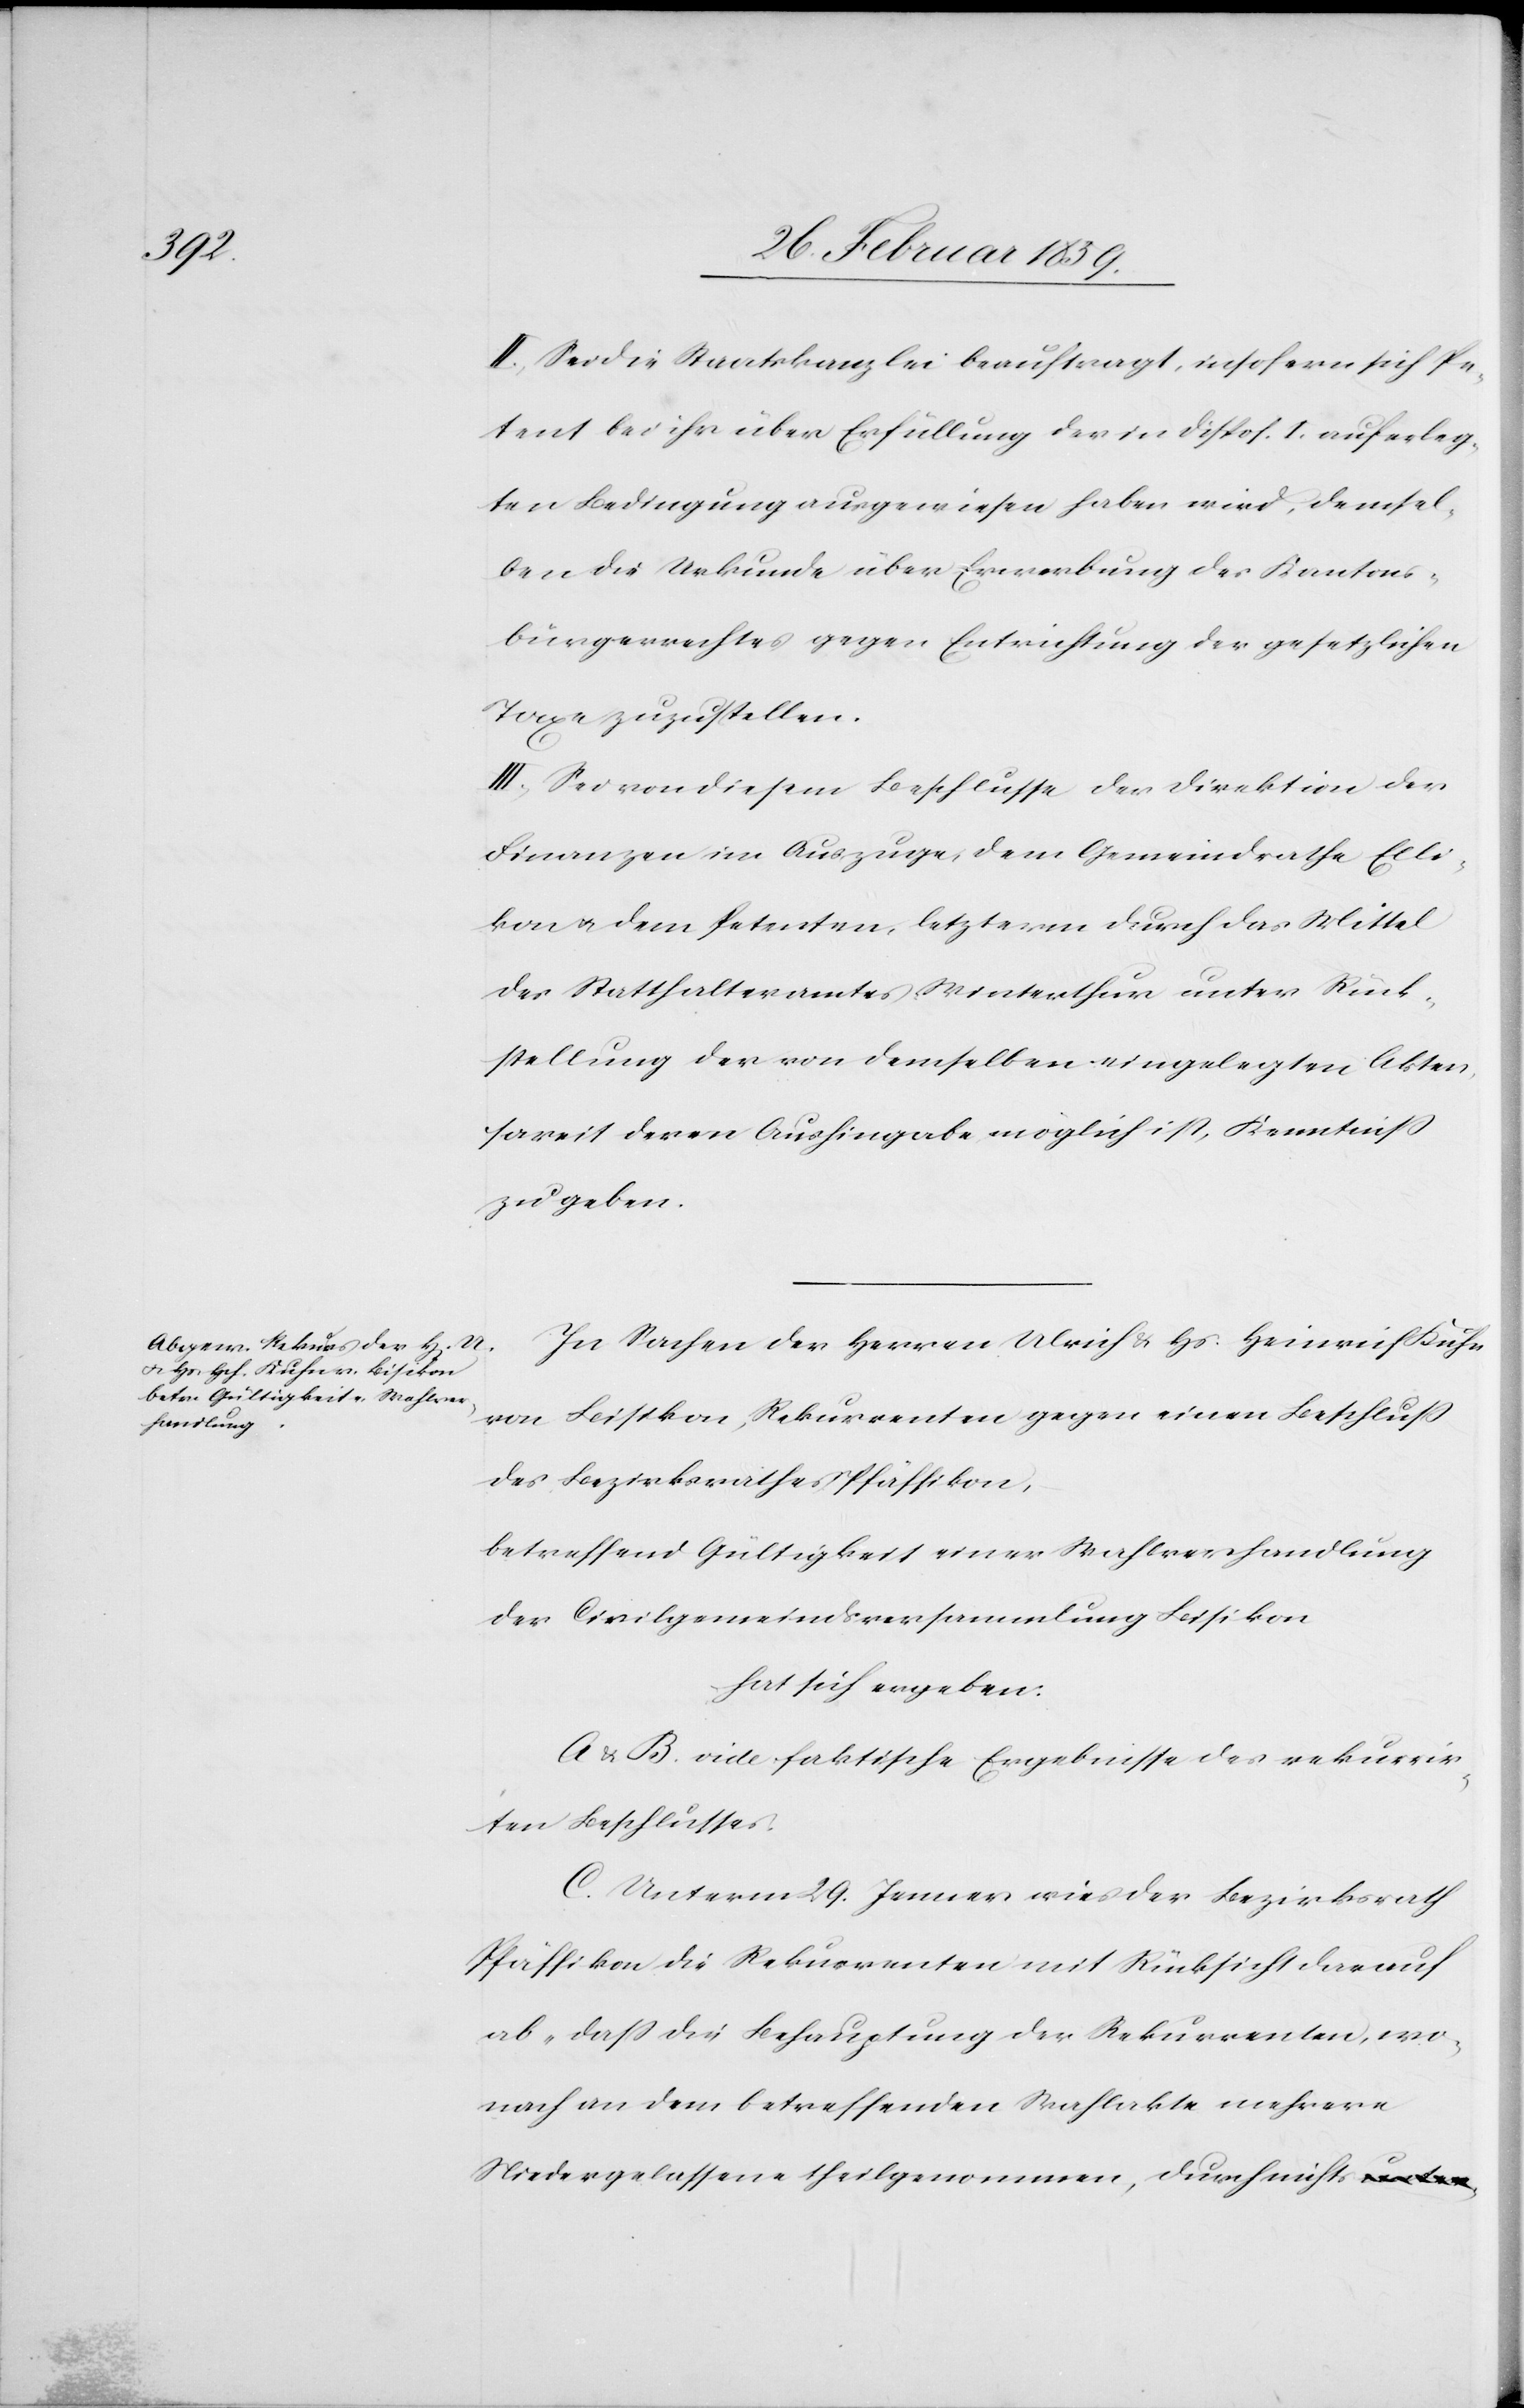
II. Sei die Staatskanzlei beauftragt, insofern sich Pe¬
tent bei ihr über Erfüllung der in Dispos. I. auferleg¬
ten Bedingung ausgewiesen haben wird, demsel¬
ben die Urkunde über Erwerbung des Kantons¬
bürgerrechtes gegen Entrichtung der gesetzlichen
Taxe zuzustellen.
III. Sei von diesem Beschlusse der Direktion der
Finanzen im Auszuge, dem Gemeindrath Elli¬
kon u. dem Petenten, letzterm durch das Mittel
des Statthalteramtes Winterthur unter Rück¬
stellung der von demselben eingelegten Akten,
soweit deren Aushingabe möglich ist, Kenntniß
zu geben.
In Sachen der Herren Ulrich & Hs. Heinrich Kuhn
von Bisikon, Rekurrenten gegen einen Beschluß
des Bezirksrathes Pfäffikon,
betreffend Gültigkeit einer Wahlverhandlung
der Civilgemeindsversammlung Bisikon
hat sich ergeben:
A. & B. vide faktische Ergebnisse des rekurrir¬
ten Beschlusses.
C. Unterm 29. Jenner wies der Bezirksrath
Pfäffikon die Rekurrenten mit Rücksicht darauf
ab „daß die Behauptung der Rekurrenten, wo¬
nach an dem betreffenden Wahlakte mehrere
Niedergelassene theilgenommen, durch nichts